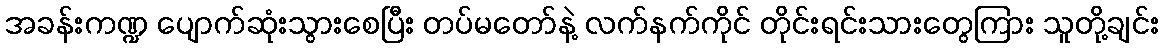
အခန်းကဏ္ဍ ပျောက်ဆုံးသွားစေပြီး တပ်မတော်နဲ့ လက်နက်ကိုင် တိုင်းရင်းသားတွေကြား သူတို့ချင်း